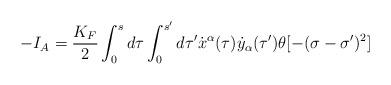
LaTeX: \begin{align*}-I_A=\frac{K_F}{2}\int_0^sd\tau \int_0^{s'}d\tau' \dot{x}^{\alpha}(\tau )\dot{y}_{\alpha}(\tau')\theta [-(\sigma -\sigma')^2]\end{align*}